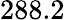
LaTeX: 288.2